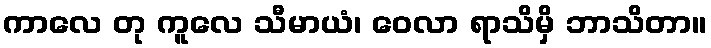
ကာလေ တု ကူလေ သီမာယံ၊ ဝေလာ ရာသိမှိ ဘာသိတာ။